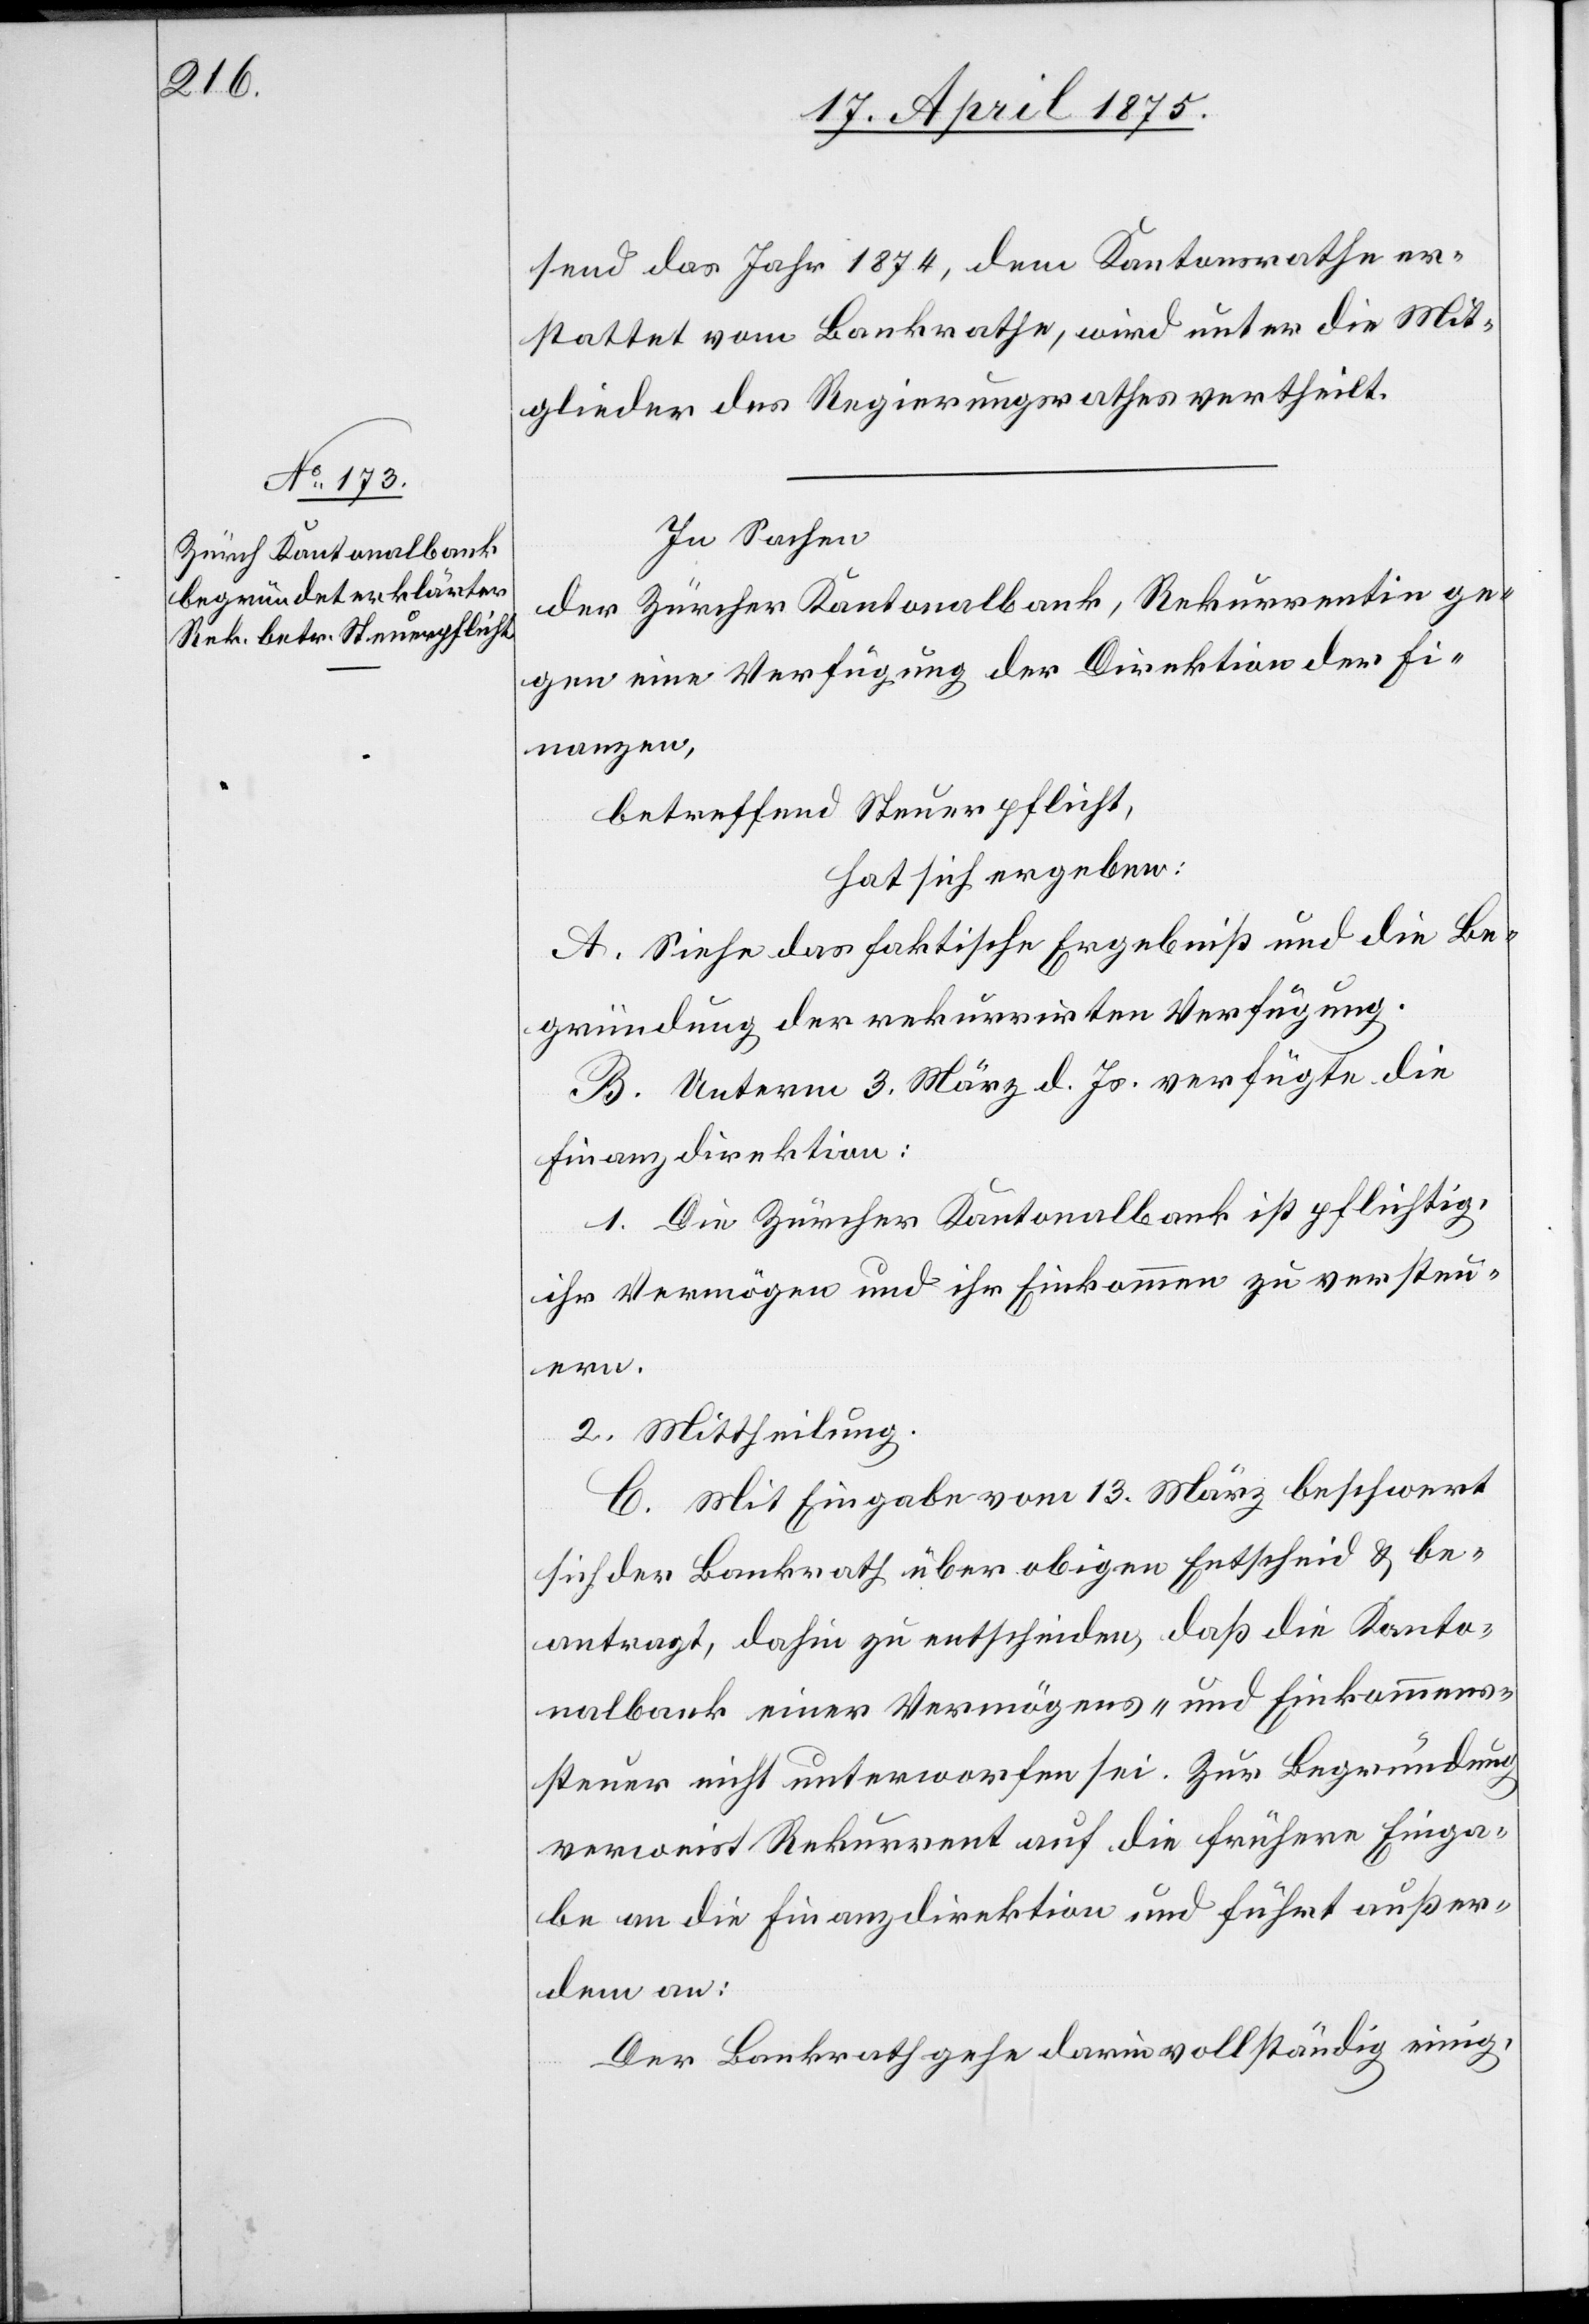
send das Jahr 1874, dem Kantonsrathe er¬
stattet vom Bankrathe, wird unter die Mit¬
glieder des Regierungsrathes vertheilt.
In Sachen
der Zürcher Kantonalbank, Rekurrentin ge¬
gen eine Verfügung der Direktion der Fi¬
nanzen,
betreffend Steuerpflicht,
hat sich ergeben:
A. Siehe das faktische Ergebniß und die Be¬
gründung der rekurrirten Verfügung.
B. Unterm 3. März d. Js. verfügte die
Finanzdirektion:
1. Die Zürcher Kantonalbank ist pflichtig,
ihr Vermögen und ihr Einkommen zu versteu¬
ern.
2. Mittheilung.
C. Mit Eingabe vom 13. März beschwert
sich der Bankrath über obigen Entscheid & be¬
antragt, dahin zu entscheiden, daß die Kanto¬
nalbank einer Vermögens- und Einkommens¬
steuer nicht unterworfen sei. Zur Begründung
verweist Rekurrent auf die frühere Einga¬
be an die Finanzdirektion und führt außer¬
dem an:
Der Bankrath gehe darin vollständig einig,